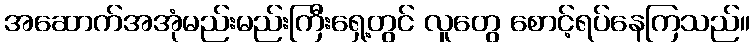
အဆောက်အအုံမည်းမည်းကြီးရှေ့တွင် လူတွေ စောင့်ရပ်နေကြသည်။